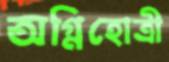
অগ্নিহোত্রী